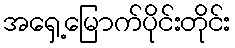
အရှေ့မြောက်ပိုင်းတိုင်း